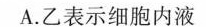
A.乙表示细胞内液